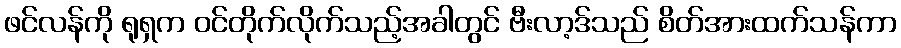
ဖင်လန်ကို ရုရှက ဝင်တိုက်လိုက်သည့်အခါတွင် ဗီးလာ့ဒ်သည် စိတ်အားထက်သန်ကာ